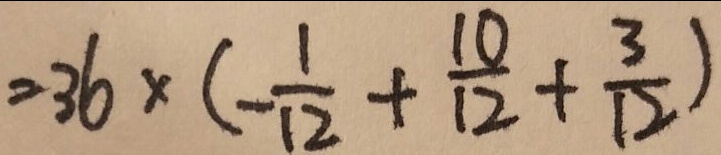
= 3 6 \times ( - \frac { 1 } { 1 2 } + \frac { 1 0 } { 1 2 } + \frac { 3 } { 1 2 } )